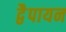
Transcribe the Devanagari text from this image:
द्वेैपायन